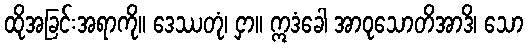
ထိုအခြင်းအရာကို။ ဒေဿတုံ၊ ငှာ။ ဣဒံခေါ အာဝုသောတိအာဒိ၊ သော